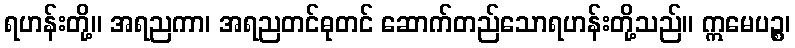
ရဟန်းတို့။ အရညကာ၊ အရညတင်ဓုတင် ဆောက်တည်သောရဟန်းတို့သည်။ ဣမေပဉ္စ၊